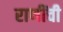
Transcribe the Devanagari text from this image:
राणींची